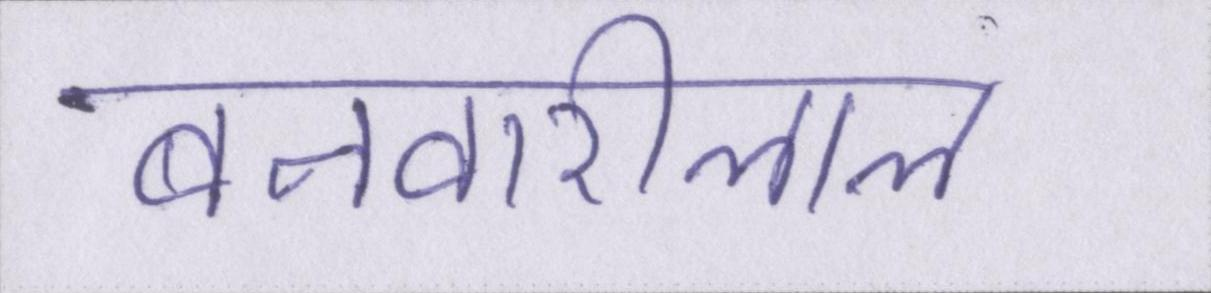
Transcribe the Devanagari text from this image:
बनवारीलाल